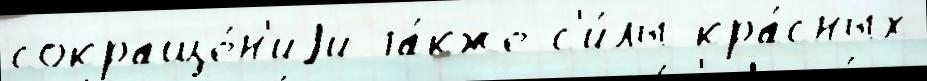
сокраще́н'иjи та́кже с'и́лы кра́сных